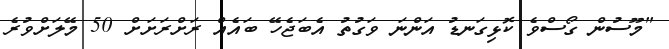
"މޫސުން ގޯސްވެ ކޮޅިގަނޑު އަންނަ ވަގުތު އެބަޖެހޭ ބައެއް ރަށްރަށަށް 50 މޭލަށްވުރެ